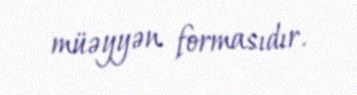
müəyyən formasıdır.